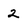
Character: 2